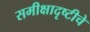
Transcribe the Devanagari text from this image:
समीक्षादृष्टीचे